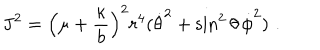
{ \bf J } ^ { 2 } = \left( \mu + { \frac { \kappa } { b } } \right) ^ { 2 } r ^ { 4 } ( \dot { \theta } ^ { 2 } + \sin ^ { 2 } \theta \, \dot { \phi } ^ { 2 } ) \, \, .